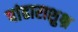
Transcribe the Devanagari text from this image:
पांढाराशुभ्र